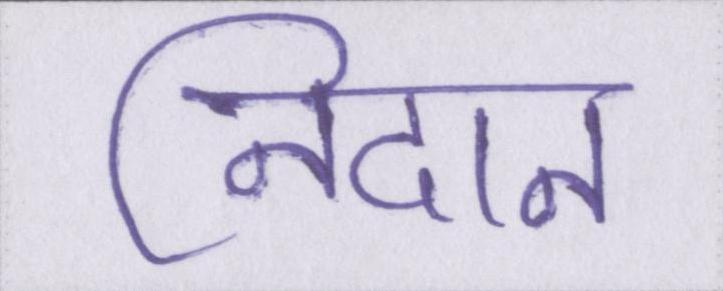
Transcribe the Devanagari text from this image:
निदान